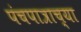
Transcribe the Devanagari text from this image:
पंचपात्राच्या